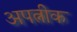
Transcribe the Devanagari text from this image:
अपत्नीक